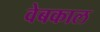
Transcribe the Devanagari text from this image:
वेबकाल